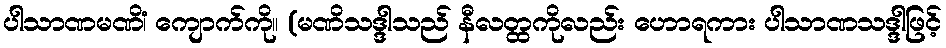
ပါသာဏမဏိံ၊ ကျောက်ကို။ (မဏိသဒ္ဒါသည် နီလတ္ထကိုလည်း ဟောရကား ပါသာဏသဒ္ဒါဖြင့်